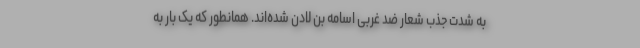
به شدت جذب شعار ضد غربی اسامه بن لادن شده‌اند. همانطور که یک بار به